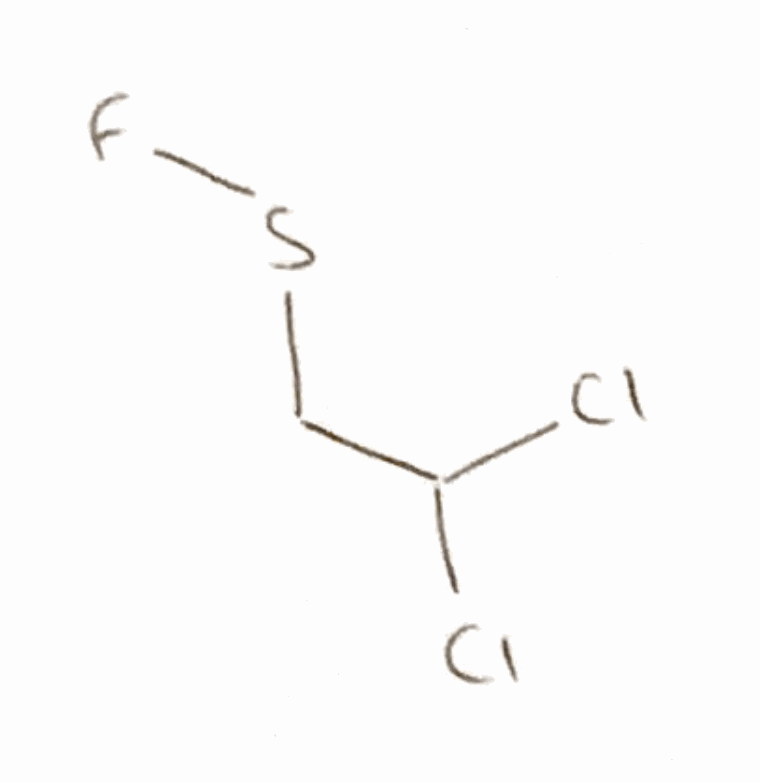
Simplified molecular-input line-entry system (SMILES) notation of the given molecule:
C(C(Cl)Cl)SF